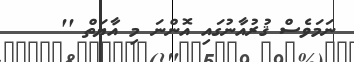
ނަމަވެސް ޤުރުއާނުގައި އޮންނަ މި އާޔަތް ''